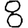
Digit: 8